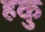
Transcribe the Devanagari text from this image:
हकु